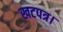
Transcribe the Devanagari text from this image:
खटपत्र।